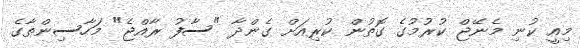
މިއީ ކުނި މެނޭޖް ކުރުމުގެ ގޮތުން ކުރިއަށް ގެންދާ "ސާފު ރާއްޖެ" މަހާސިންތާގެ